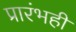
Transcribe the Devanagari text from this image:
प्रारंभही